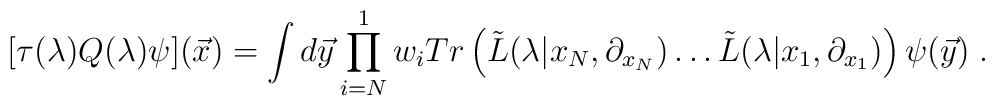
[\tau(\lambda )Q(\lambda)\psi]({\vec x})     =\int d{\vec y}\prod _{i=N}^1 w_i Tr\left(     {\tilde L}(\lambda|x_N,\partial_{x_N}) \ldots     {\tilde L}(\lambda|x_1,\partial_{x_1})\right)\psi({\vec y})\;.